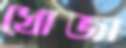
খোজা